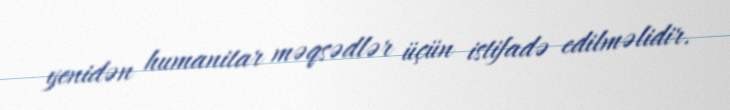
yenidən humanitar məqsədlər üçün istifadə edilməlidir.